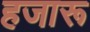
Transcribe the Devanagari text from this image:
हजारू